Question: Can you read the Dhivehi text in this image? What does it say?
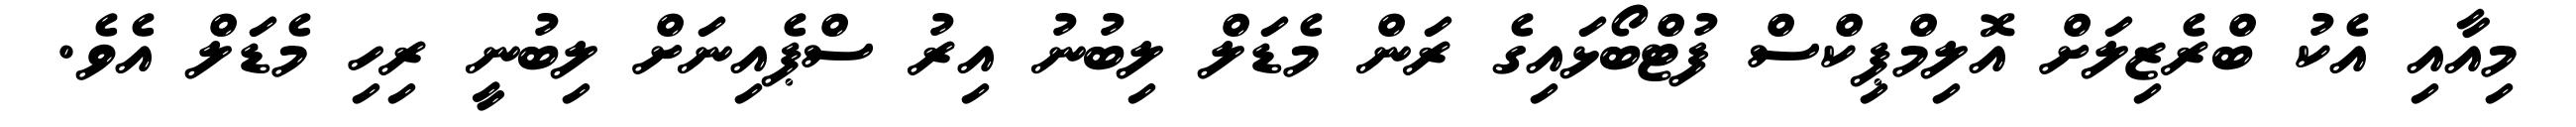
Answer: މިއާއި އެކު ބްރެޒިލަށް އޮލިމްޕިކްސް ފުޓްބޯޅައިގެ ރަން މެޑަލް ލިބުނު އިރު ސްޕެއިނަށް ލިބުނީ ރިހި މެޑަލް އެވެ.